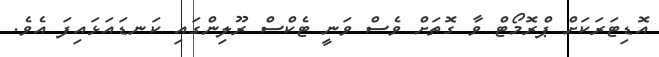
އޮޑިޓަރަކަށް ޕްރޮމޯޓް ވާ ގޮތަށް ވެސް ވަނީ ޓެކްސް ރޫލިންގައި ކަނޑައަޅައިފަ އެވެ.